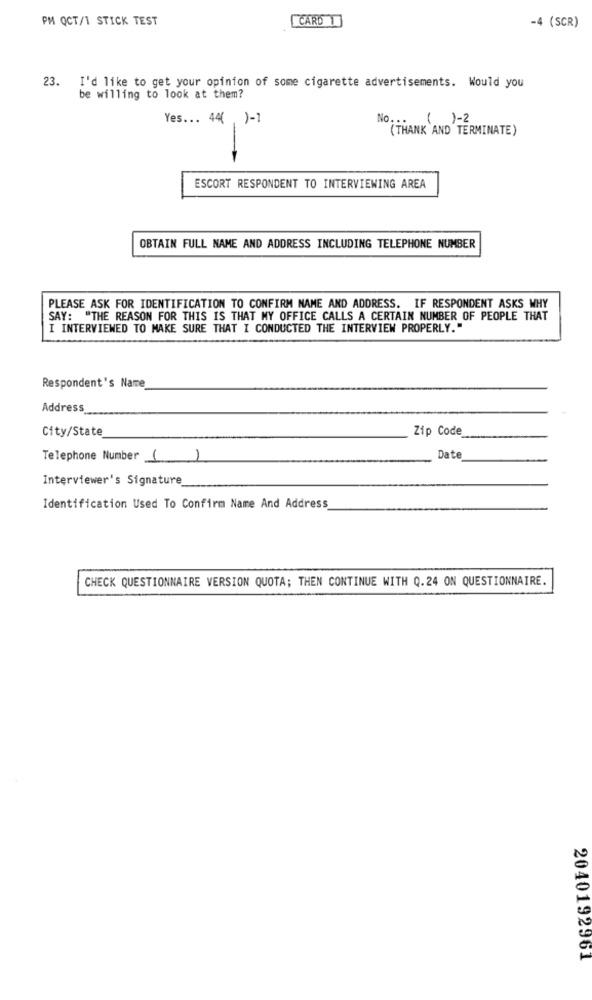
PM QCT/1 STICK TEST
CARD 1
-4 (SCR)
23. I'd like to get your opinion of some cigarette advertisements. Would you
be willing to look at them?
Yes ... 44( )-1
No ...
()-2
(THANK AND TERMINATE)
ESCORT RESPONDENT TO INTERVIEWING AREA
OBTAIN FULL NAME AND ADDRESS INCLUDING TELEPHONE NUMBER
PLEASE ASK FOR IDENTIFICATION TO CONFIRM NAME AND ADDRESS. IF RESPONDENT ASKS WHY
SAY: "THE REASON FOR THIS IS THAT MY OFFICE CALLS A CERTAIN NUMBER OF PEOPLE THAT
I INTERVIEWED TO MAKE SURE THAT I CONDUCTED THE INTERVIEW PROPERLY."
Respondent's Name
Address
City/State
Zip Code
Telephone Number 1
1
Date
Interviewer's Signature
Identification Used To Confirm Name And Address
CHECK QUESTIONNAIRE VERSION QUOTA; THEN CONTINUE WITH Q.24 ON QUESTIONNAIRE.
2040192961